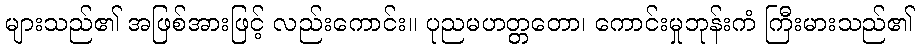
များသည်၏ အဖြစ်အားဖြင့် လည်းကောင်း။ ပုညမဟတ္တတော၊ ကောင်းမှုဘုန်းကံ ကြီးမားသည်၏